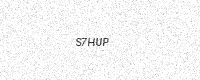
Text: S7HUP